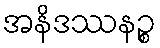
အနိဒဿနဉ္စ